Annual administration report of the Civil Veterinary Department of India - 1897-1898
Year: 1897
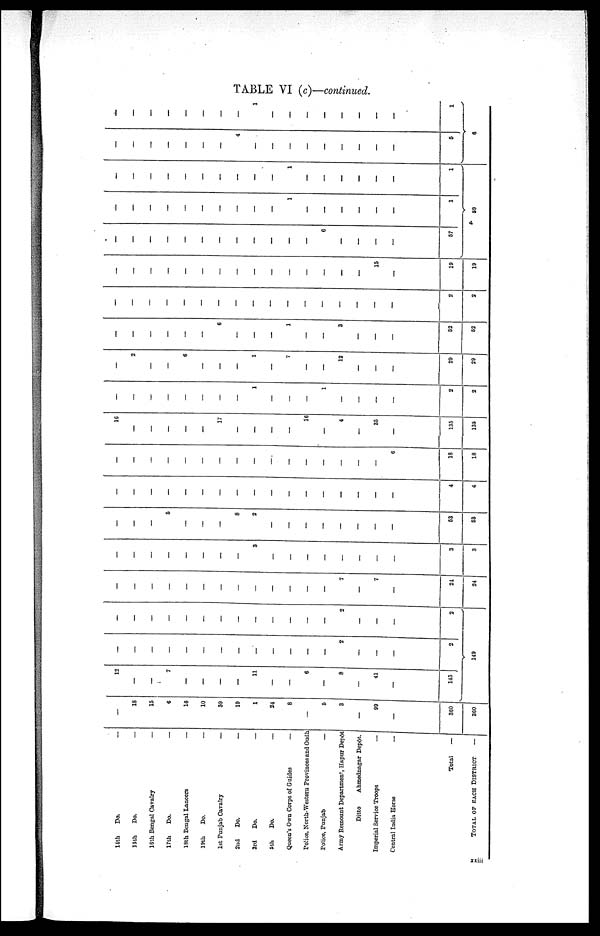
TABLE VI (c)—continued.
14th
Do.
—
15th
Do.
—
16th Bengal Cavalry
—
17th
Do.
—
18th Bengal Lancers
—
19th
Do.
—
1st Punjab Cavalry
—
2nd
Do.
—
3rd
Do.
—
5th
Do.
—
Queen's Own Corps of Guides
—
Police, North—Western Provinces and Oudh
Police, Punjab
—
Army Remount Department, Hapur Depôt
Ditto
Ahmednagar Depôt.
Imperial Service Troops
—
Central India Horse
—
Total
—
TOTAL OF EACH DISTRICT —
—
18
15
6
16
10
39
19
1
24
8
—
5
3
—
99
—
360
360
12
—
—
7
—
—
—
—
11
—
—
6
—
8
—
41
—
145
—
—
—
—
—
—
—
—
—
—
—
—
—
2
—
—
—
2
149
—
—
—
—
—
—
—
—
—
—
—
—
—
2
—
—
—
2
—
—
—
—
—
—
—
—
—
—
—
—
—
7
—
7
—
21
24
—
—
—
—
—
—
—
—
3
—
—
—
—
—
—
—
—
3
3
—
—
—
5
—
—
—
8
2
—
—
—
—
—
—
—
—
53
53
—
—
—
—
—
—
—
—
—
—
—
—
—
—
—
—
—
4
4
—
—
—
—
—
—
—
—
—
—
—
—
—
—
—
—
6
18
18
16
—
—
—
—
—
17
—
—
—
—
16
—
4
—
35
—
135
135
—
—
—
—
—
—
—
—
1
—
—
—
1
—
—
—
—
2
2
—
2
—
—
6
—
—
—
1
—
7
—
—
12
—
—
—
29
29
—
—
—
—
—
—
6
—
—
—
1
—
—
3
—
—
—
52
52
—
—
—
—
—
—
—
—
—
—
—
—
—
—
—
—
—
2
2
—
—
—
—
—
—
—
—
—
—
—
—
—
—
—
15
—
19
19
—
—
—
—
—
—
—
—
—
—
—
—
6
—
—
—
—
57
—
—
—
—
—
—
—
—
—
—
1
—
—
—
—
—
—
1
59
—
—
—
—
—
—
—
—
—
—
1
—
—
—
—
—
—
1
—
—
—
—
—
—
—
4
—
—
—
—
—
—
—
—
—
5
6
—
—
—
—
—
—
—
—
1
—
—
—
—
—
—
—
—
1
xxiii